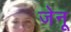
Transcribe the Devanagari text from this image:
जेनू